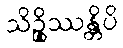
သိဉ္စိဿန္တိပိ